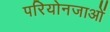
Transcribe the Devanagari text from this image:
परियोनजाओं